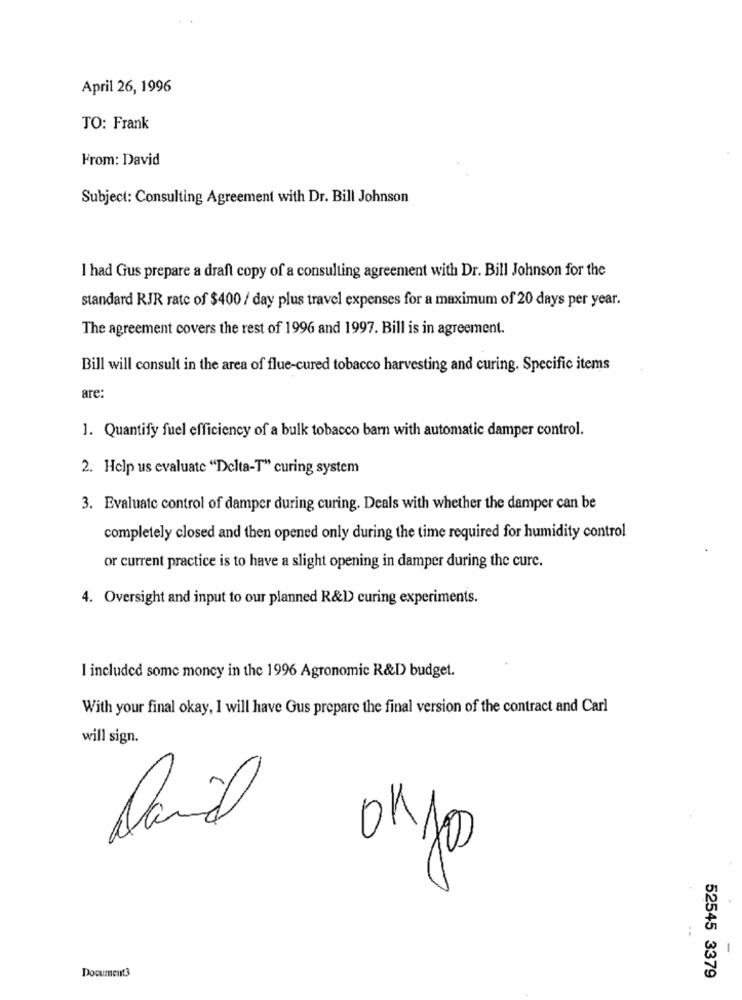
April 26, 1996
TO: Frank
From: David
Subject: Consulting Agreement with Dr. Bill Johnson
I had Gus prepare a draft copy of a consulting agreement with Dr. Bill Johnson for the
standard RJR rate of $400 / day plus travel expenses for a maximum of 20 days per year.
The agreement covers the rest of 1996 and 1997. Bill is in agreement.
Bill will consult in the area of flue-cured tobacco harvesting and curing. Specific items
are:
1. Quantify fuel efficiency of a bulk tobacco barn with automatic damper control.
2. Help us evaluate "Delta-T" curing system
3. Evaluate control of damper during curing. Deals with whether the damper can be
completely closed and then opened only during the time required for humidity control
or current practice is to have a slight opening in damper during the cure.
4. Oversight and input to our planned R&D) curing experiments.
I included some money in the 1996 Agronomic R&D budget.
With your final okay, I will have Gus prepare the final version of the contract and Carl
will sign.
David
onjo
..
-
Documents
52545 3379